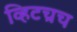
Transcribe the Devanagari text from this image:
व्हिटच्रच